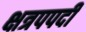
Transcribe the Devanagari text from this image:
क्षत्रपपदी